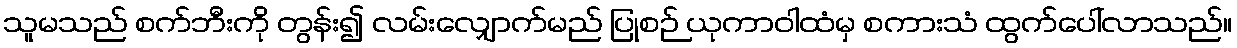
သူမသည် စက်ဘီးကို တွန်း၍ လမ်းလျှောက်မည် ပြုစဉ် ယုကာဝါထံမှ စကားသံ ထွက်ပေါ်လာသည်။